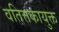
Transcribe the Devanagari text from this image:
वतित्तकायुक्त